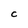
Character: C